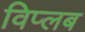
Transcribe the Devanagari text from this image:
विप्लब